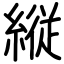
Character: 縦